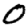
Digit: 0